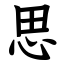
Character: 思